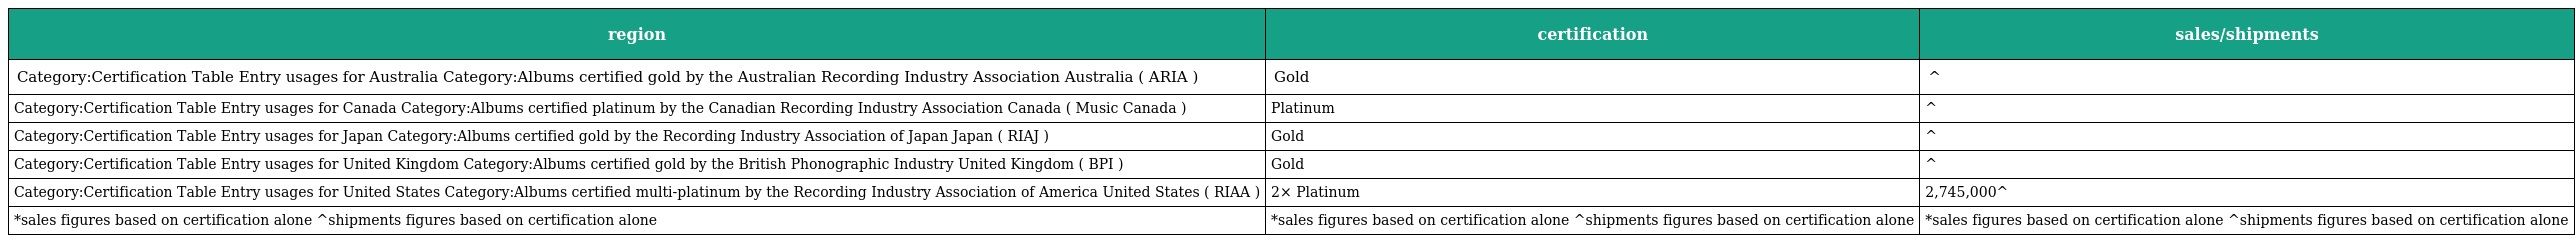
| region | certification | sales/shipments |
 | --- | --- | --- |
 | Category:Certification Table Entry usages for Australia Category:Albums certified gold by the Australian Recording Industry Association Australia ( ARIA ) | Gold | ^ |
 | Category:Certification Table Entry usages for Canada Category:Albums certified platinum by the Canadian Recording Industry Association Canada ( Music Canada ) | Platinum | ^ |
 | Category:Certification Table Entry usages for Japan Category:Albums certified gold by the Recording Industry Association of Japan Japan ( RIAJ ) | Gold | ^ |
 | Category:Certification Table Entry usages for United Kingdom Category:Albums certified gold by the British Phonographic Industry United Kingdom ( BPI ) | Gold | ^ |
 | Category:Certification Table Entry usages for United States Category:Albums certified multi-platinum by the Recording Industry Association of America United States ( RIAA ) | 2× Platinum | 2,745,000^ |
 | *sales figures based on certification alone ^shipments figures based on certification alone | *sales figures based on certification alone ^shipments figures based on certification alone | *sales figures based on certification alone ^shipments figures based on certification alone |